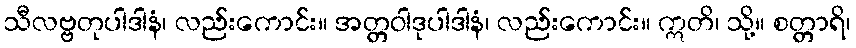
သီလဗ္ဗတုပါဒါနံ၊ လည်းကောင်း။ အတ္တဝါဒုပါဒါနံ၊ လည်းကောင်း။ ဣတိ၊ သို့။ စတ္တာရိ၊